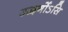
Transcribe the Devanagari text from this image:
उद्वर्गोऽसि